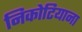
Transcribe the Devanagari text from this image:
निकोटियाना